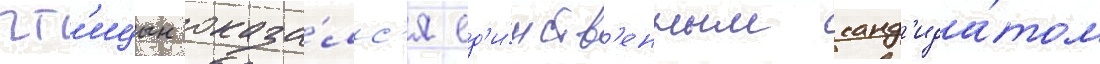
пт'ицын оказа́лс'я ед'и́нств'енным канд'ида́том